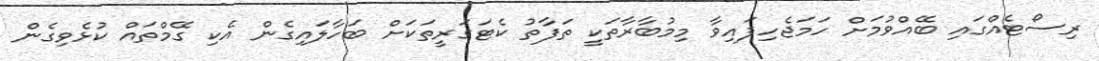
ރިސޯޓެއްގައި ބޭއްވުމަށް ހަމަޖެހިފައިވާ މިމުބާރާތަކީ ތަފާތު ކެޓަގަރީތަކަށް ބަހާލައިގެން އެކި ގޭމްތައް ކުޅެވިގެން